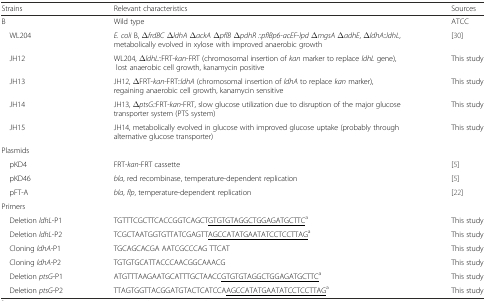
<table><thead><tr><td><b>Strains</b></td><td><b>Relevant characteristics</b></td><td><b>Sources</b></td></tr></thead><tbody><tr><td>B</td><td>Wild type</td><td>ATCC</td></tr><tr><td> WL204</td><td><i>E. coli</i> B, Δ<i>frdBC</i> Δ<i>ldhA</i> Δ<i>ackA</i> Δ<i>pflB</i> Δ<i>pdhR ::pflBp6-acEF-lpd</i> Δ<i>mgsA</i> Δ<i>adhE</i>, Δ<i>ldhA</i>::<i>ldhL</i>, metabolically evolved in xylose with improved anaerobic growth</td><td>[30]</td></tr><tr><td> JH12</td><td>WL204, Δ<i>ldhL::</i>FRT-<i>kan</i>-FRT (chromosomal insertion of <i>kan</i> marker to replace <i>ldhL</i> gene), lost anaerobic cell growth, kanamycin positive</td><td>This study</td></tr><tr><td> JH13</td><td>JH12, ΔFRT-<i>kan</i>-FRT::<i>ldhA</i> (chromosomal insertion of <i>ldhA</i> to replace <i>kan</i> marker), regaining anaerobic cell growth, kanamycin sensitive</td><td>This study</td></tr><tr><td> JH14</td><td>JH13, Δ<i>ptsG::</i>FRT-<i>kan</i>-FRT, slow glucose utilization due to disruption of the major glucose transporter system (PTS system)</td><td>This study</td></tr><tr><td> JH15</td><td>JH14, metabolically evolved in glucose with improved glucose uptake (probably through alternative glucose transporter)</td><td>This study</td></tr><tr><td colspan="3">Plasmids</td></tr><tr><td> pKD4</td><td>FRT-<i>kan</i>-FRT cassette</td><td>[5]</td></tr><tr><td> pKD46</td><td><i>bla</i>, red recombinase, temperature-dependent replication</td><td>[5]</td></tr><tr><td> pFT-A</td><td><i>bla</i>, <i>flp</i>, temperature-dependent replication</td><td>[22]</td></tr><tr><td colspan="3">Primers</td></tr><tr><td> Deletion <i>ldhL</i>-P1</td><td>TGTTTCGCTTCACCGGTCAGCT<underline>GTGTGTAGGCTGGAGATGCTTC</underline><sup>a</sup></td><td>This study</td></tr><tr><td> Deletion <i>ldhL</i>-P2</td><td>TCGCTAATGGTGTTATCGAGTT<underline>AGCCATATGAATATCCTCCTTAG</underline><sup>a</sup></td><td>This study</td></tr><tr><td> Cloning <i>ldhA</i>-P1</td><td>TGCAGCACGA AATCGCCCAG TTCAT</td><td>This study</td></tr><tr><td> Cloning <i>ldhA</i>-P2</td><td>TGTGTGCATTACCCAACGGCAAACG</td><td>This study</td></tr><tr><td> Deletion <i>ptsG</i>-P1</td><td>ATGTTTAAGAATGCATTTGCTAACC<underline>GTGTGTAGGCTGGAGATGCTTC</underline><sup>a</sup></td><td>This study</td></tr><tr><td> Deletion <i>ptsG</i>-P2</td><td>TTAGTGGTTACGGATGTACTCATCCA<underline>AGCCATATGAATATCCTCCTTAG</underline><sup>a</sup></td><td>This study</td></tr></tbody></table>